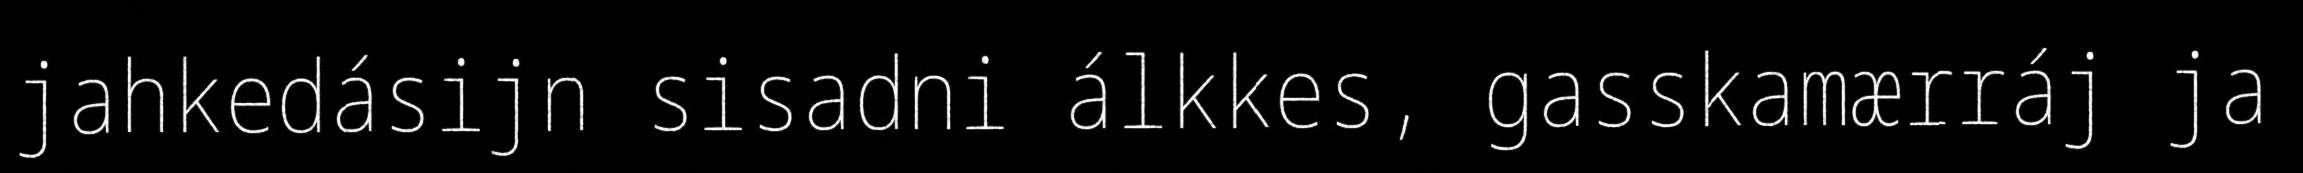
jahkedásijn sisadni álkkes, gasskamærráj ja